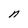
Character: n